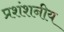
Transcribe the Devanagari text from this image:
प्रशंशनीय